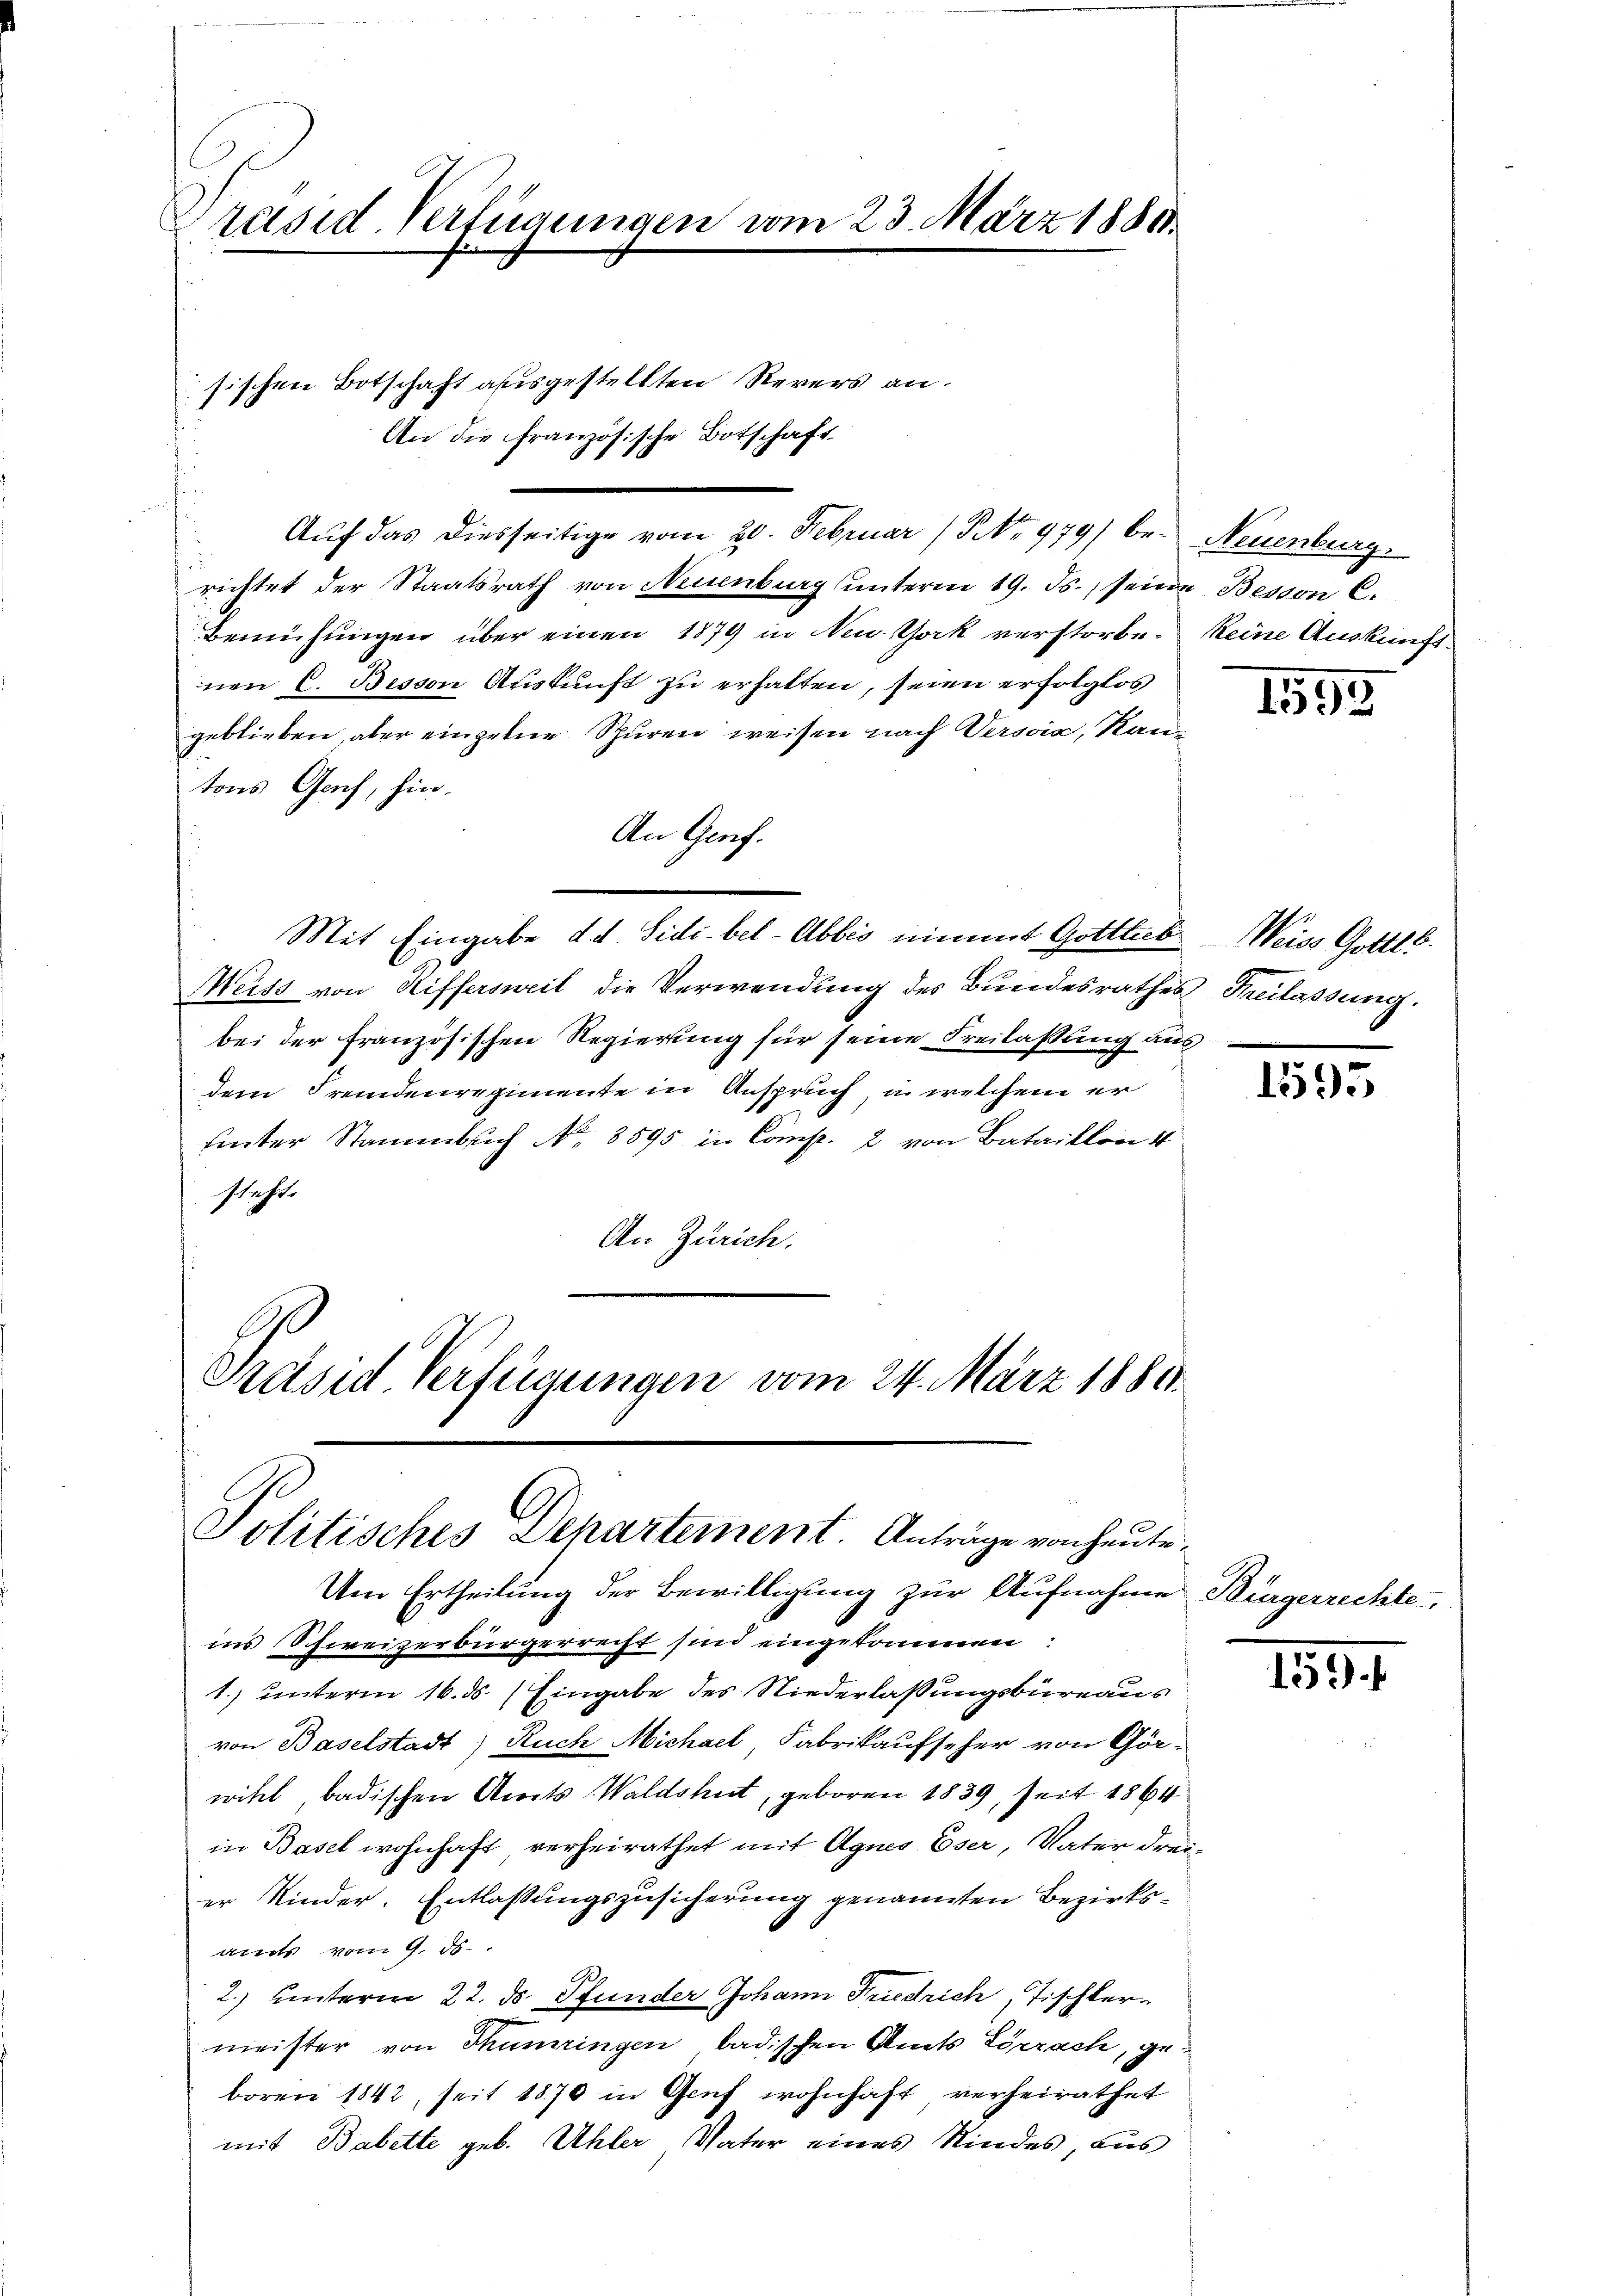
Präsid. Verfügungen vom 23. März 1881.

An die französische Botschaft.

Aŭf das diesseitige vom 20. Februar (NNo. 979) be- Neuenburg.
richtet der Staatsrath von Neuenburg unterm 19. ds., seine Bessen C.
Bemühungen über einen 1879 in New York verstorben keine Auskunftnen C. Besson Auskunft zu erhalten, seien erfolglos
geblieben, aber einzelne Spuren weisen nach Versia, Kantons Genf, hin-
An Genf.
Meiss von Riffersweil die Verwendung des Bundesrathes Heilassung.
bei der französischen Regierung für seine Freilassung aus
dem Fremdenregimente in Anspruch, u. welchem er
hinter Stammbuch No. 3595 in Comp. 2 von Bataillon 4
steht.
An Zürich.
Präsid. Verfügungen vom 24. März 1880.

sischen Botschaft ausgestellten Revers an.

Mit Eingabe d. d. Sidibel-Abbes nimmt Gottlieb

Politisches Departement. Anträge von heute,
Um Ertheilung der Bewilligung zur Aufnahme Bürgerrechte,

in’s Schweizerbürgerrecht sind eingekommen:
1.) unterm 16. ds. (Eingabe des Niederlassungsbureaus
von Baselstadt Ruch Michael Fabrikaufseher von Görwikel, badischen Amts Waldshut, geboren 1839, seit 1864
in Basel wohnhaft verheirathet mit Agnes Eser, Vater dreier Kinder. Entlassungszusicherung genannten Bezirksamts vom 9. ds.
2.) unterm 22. ds. Pfunder Johann Friedrich, Tischlermeister von Thumringen badischen Amts Lörrach, geboren 1842, seit 1870 in Genf wohnhaft verheirathet
mit Babette geb. Uhler Vater eines Kindes, aus

1595

Weiss Gottl.

1595

19